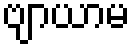
ဗျာယာမ